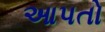
આપતો